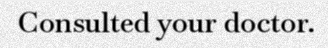
Consulted your doctor.